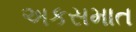
અકસમાત